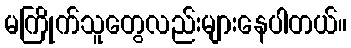
မကြိုက်သူတွေလည်းများနေပါတယ်။